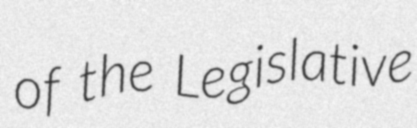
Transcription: of the Legislative